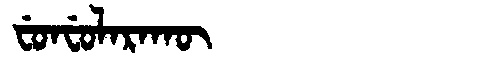
Manchu: ᠸᡠᠨᠸᡠᠯᠠᡵᠠᡴᡡ
Romanization: FUNFULARAKŪ